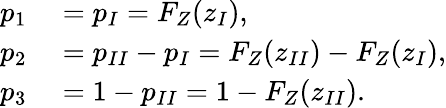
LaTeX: \begin{array}{rl}{p_{1}}&{{}=p_{I}=F_{Z}(z_{I}),}\\ {p_{2}}&{{}=p_{II}-p_{I}=F_{Z}(z_{II})-F_{Z}(z_{I}),}\\ {p_{3}}&{{}=1-p_{II}=1-F_{Z}(z_{II}).}\end{array}